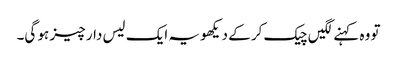
تو وہ کہنے لگیں چیک کر کے دیکھو یہ ایک لیس دار چیز ہو گی۔